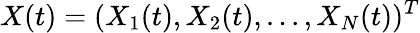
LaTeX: X(t)=(X_{1}(t),X_{2}(t),...,X_{N}(t))^{T}